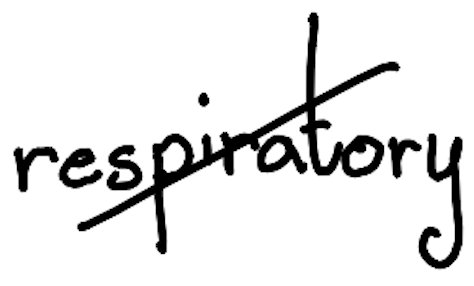
Text: respiratory
Cross-out: diagonal
Writing tool: digital_black